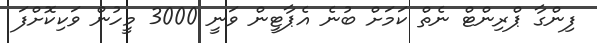
ފިންގާ ޕްރިންޓް ނެތް ކަމަށް ބުނެ އެޕާޓީން ވަނީ 3000 މީހުން ވަކިކޮށްފަ